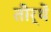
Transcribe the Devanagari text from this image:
तीर्थें